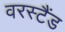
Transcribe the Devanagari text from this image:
वरस्टैंड